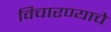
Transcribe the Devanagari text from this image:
विचारण्याचे